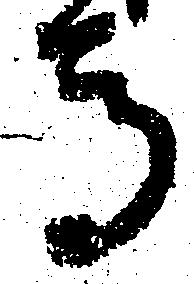
馬